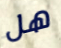
هل